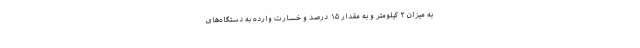
به میزان ۲ کیلومتر و به مقدار ۱۵ درصد و خسارت وارده به دستگاه‌های